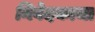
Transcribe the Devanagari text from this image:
निवेदकाचा